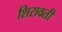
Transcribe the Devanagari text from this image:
शिरावती